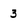
Character: 3